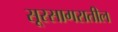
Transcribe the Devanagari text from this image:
सूरसागरातील